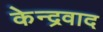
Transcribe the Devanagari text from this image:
केन्द्रवाद